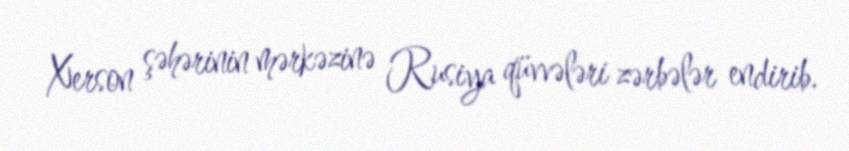
Xerson şəhərinin mərkəzinə Rusiya qüvvələri zərbələr endirib.